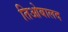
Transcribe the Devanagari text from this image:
तिओबालद